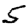
Digit: 5